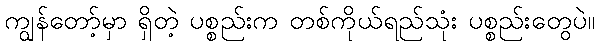
ကျွန်တော့်မှာ ရှိတဲ့ ပစ္စည်းက တစ်ကိုယ်ရည်သုံး ပစ္စည်းတွေပဲ။